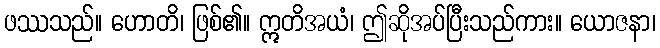
ဖဿသည်။ ဟောတိ၊ ဖြစ်၏။ ဣတိအယံ၊ ဤဆိုအပ်ပြီးသည်ကား။ ယောဇနာ၊